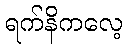
ရက်နိကလေ့